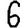
Digit: 6